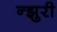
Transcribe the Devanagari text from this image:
न्झुरी